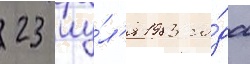
23 иу́л'я 1983 го́да